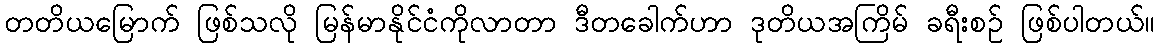
တတိယမြောက် ဖြစ်သလို မြန်မာနိုင်ငံကိုလာတာ ဒီတခေါက်ဟာ ဒုတိယအကြိမ် ခရီးစဉ် ဖြစ်ပါတယ်။